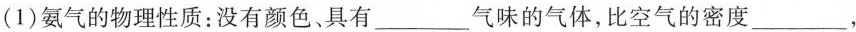
（1）氨气的物理性质：没有颜色、具有___气味的气体，比空气的密度___.